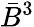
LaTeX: {\bar{B}}^{3}